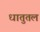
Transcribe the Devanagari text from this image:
धातुतल